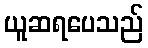
ယူဆရပေသည်